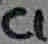
Text: C1